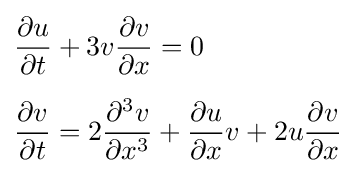
{\begin{aligned}&{\frac {\partial u}{\partial t}}+3v{\frac {\partial v}{\partial x}}=0\\[5pt]&{\frac {\partial v}{\partial t}}=2{\frac {\partial ^{3}v}{\partial x^{3}}}+{\frac {\partial u}{\partial x}}v+2u{\frac {\partial v}{\partial x}}\end{aligned}}